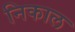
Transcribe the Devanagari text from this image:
निकाल